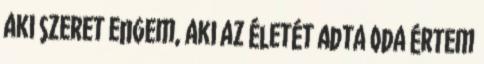
aki szeret engem, aki az életét adta oda értem